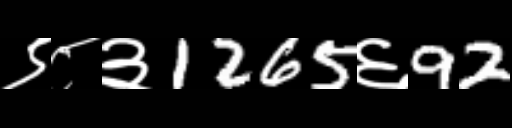
Text: ९८३1265६92